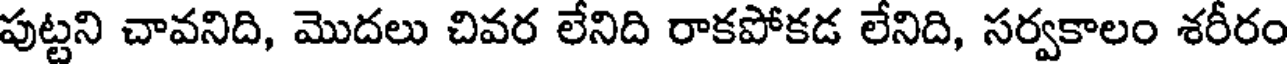
పుట్టని చావనిది, మొదలు చివర లేనిది రాకపోకడ లేనిది, సర్వకాలం శరీరం